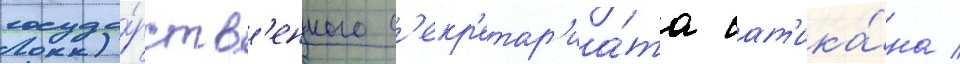
госуда́рств'енного с'екр'етар'иа́та ват'ика́на /